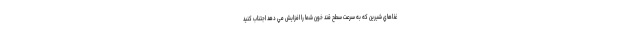
غذاهاي شيرين که به سرعت سطح قند خون شما را افزايش مي دهد اجتناب کنید